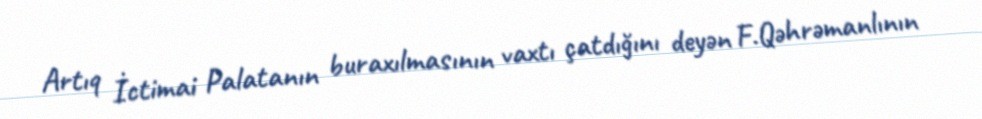
Artıq İctimai Palatanın buraxılmasının vaxtı çatdığını deyən F.Qəhrəmanlının